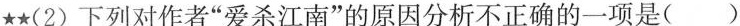
★★(2)下列对作者”爱杀江南”的原因分析不正确的一项是( )